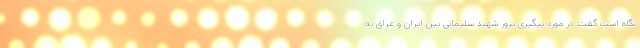
نگاه است گفت: در مورد پیگیری ترور شهید سلیمانی بین ایران و عراق به